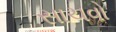
સાચવો